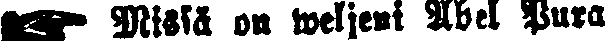
☛ Missä on weljeni Aben Pura